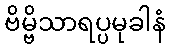
ဗိမ္ဗိသာရပ္ပမုခါနံ